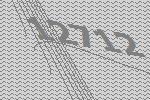
12712